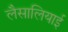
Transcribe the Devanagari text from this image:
लैसालियाई